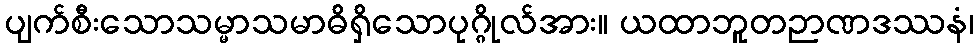
ပျက်စီးသောသမ္မာသမာဓိရှိသောပုဂ္ဂိုလ်အား။ ယထာဘူတဉာဏဒဿနံ၊